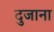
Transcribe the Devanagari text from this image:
दुजाना